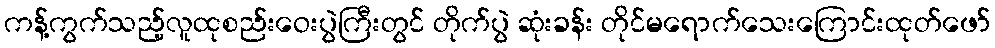
ကန့်ကွက်သည့်လူထုစည်းဝေးပွဲကြီးတွင် တိုက်ပွဲ ဆုံးခန်း တိုင်မရောက်သေးကြောင်းထုတ်ဖော်